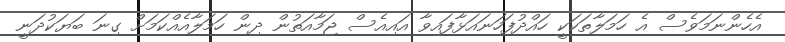
އެހެންނަމަވެސް އެ ހަމަލާތަކަކީ ހައްދުފަހަނައަޅާފައިވާ އައިއެސް ޖަމާއަތުން ދިން ހަމަލާއެއްކަމަށް ގިނަ ބަޔަކުދަނީ